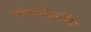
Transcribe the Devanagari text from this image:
गणितविद्वानांपैकी